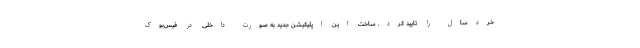
خردسال را تایید کرد. ساخت این اپلیکیشن جدید به صورت داخلی در فیس‌بوک